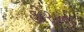
હીરાની